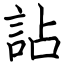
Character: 詀